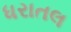
ધરાતલ